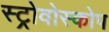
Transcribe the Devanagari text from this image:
स्ट्रोवोस्कोप